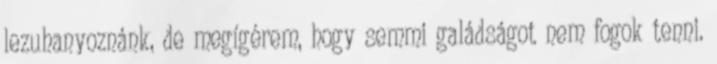
lezuhanyoznánk, de megígérem, hogy semmi galádságot nem fogok tenni.